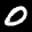
Label: 0